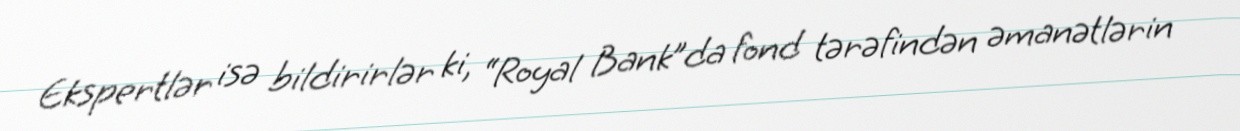
Ekspertlər isə bildirirlər ki, “Royal Bank”da fond tərəfindən əmanətlərin